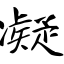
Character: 凝